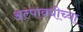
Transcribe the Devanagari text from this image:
अल्पावधीच्या